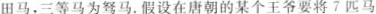
田马，三等马为驽马。假设在唐朝的某个王爷要将7匹马